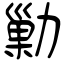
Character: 勦